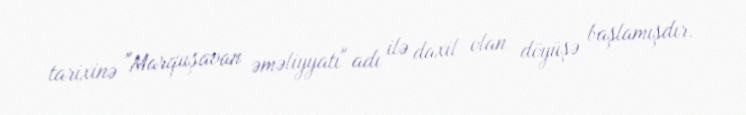
tarixinə "Marquşavan əməliyyatı" adı ilə daxil olan döyüşə başlamışdır.